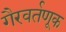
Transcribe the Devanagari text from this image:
गैरवर्तणूक